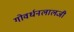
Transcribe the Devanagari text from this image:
गोवर्धनलालजी